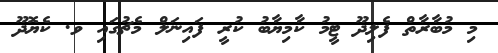
މި މުބާރާތް ފެލިދޫ ޓީމު ކާމިޔާބު ކުރީ ފައިނަލް މެޗުގައި ވ. ކެޔޮދޫ